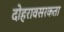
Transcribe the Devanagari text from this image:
दोहरावसरकता